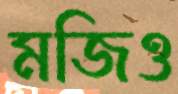
মজিও